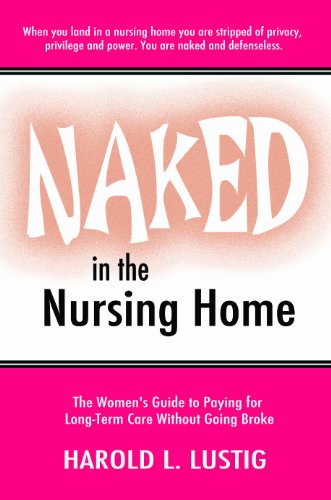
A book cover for Naked in the Nursing Home: The Women's Guide to Paying for Long-term Care Without Going Broke; Harold L Lustig; Medical Books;